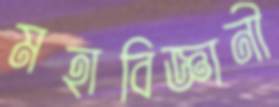
মহাবিজ্ঞানী